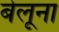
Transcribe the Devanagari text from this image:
बेलूना